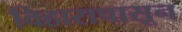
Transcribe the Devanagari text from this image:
विहारापासून